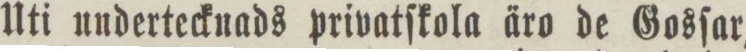
Uti undertecknads privatſkola äro de Gosſar,